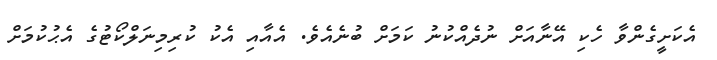
އެކަށީގެންވާ ހެކި އޭނާއަށް ނުދެއްކުނު ކަމަށް ބުނެއެވެ. އެއާއި އެކު ކުރިމިނަލްކޯޓުގެ އެޙުކުމަށް